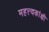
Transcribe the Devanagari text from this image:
महत्त्वकांक्षी